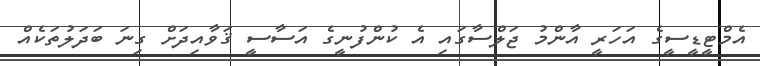
އެމްޓީޑީސީގެ އަހަރީ އާންމު ޖަލްސާގައި އެ ކުންފުނީގެ އަސާސީ ޤަވާއިދަށް ގިނަ ބަދަލުތަކެއް